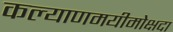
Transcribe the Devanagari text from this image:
कल्याणमयीमोक्षदा